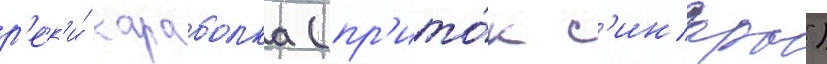
р'ек'и́ караболка (пр'ито́к с'инары)